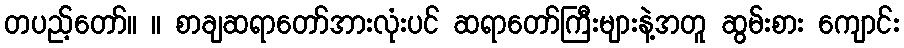
တပည့်တော်။ ။ စာချဆရာတော်အားလုံးပင် ဆရာတော်ကြီးများနဲ့အတူ ဆွမ်းစား ကျောင်း